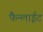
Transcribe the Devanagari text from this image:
फैन्लाईट